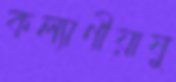
কল্যাণীয়াষু